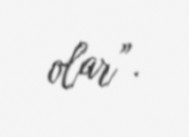
olar”.